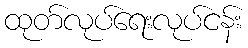
ထုတ်လုပ်ရေးလုပ်ငန်း